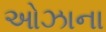
ઓઝાના